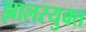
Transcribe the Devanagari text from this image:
झालरयुक्त